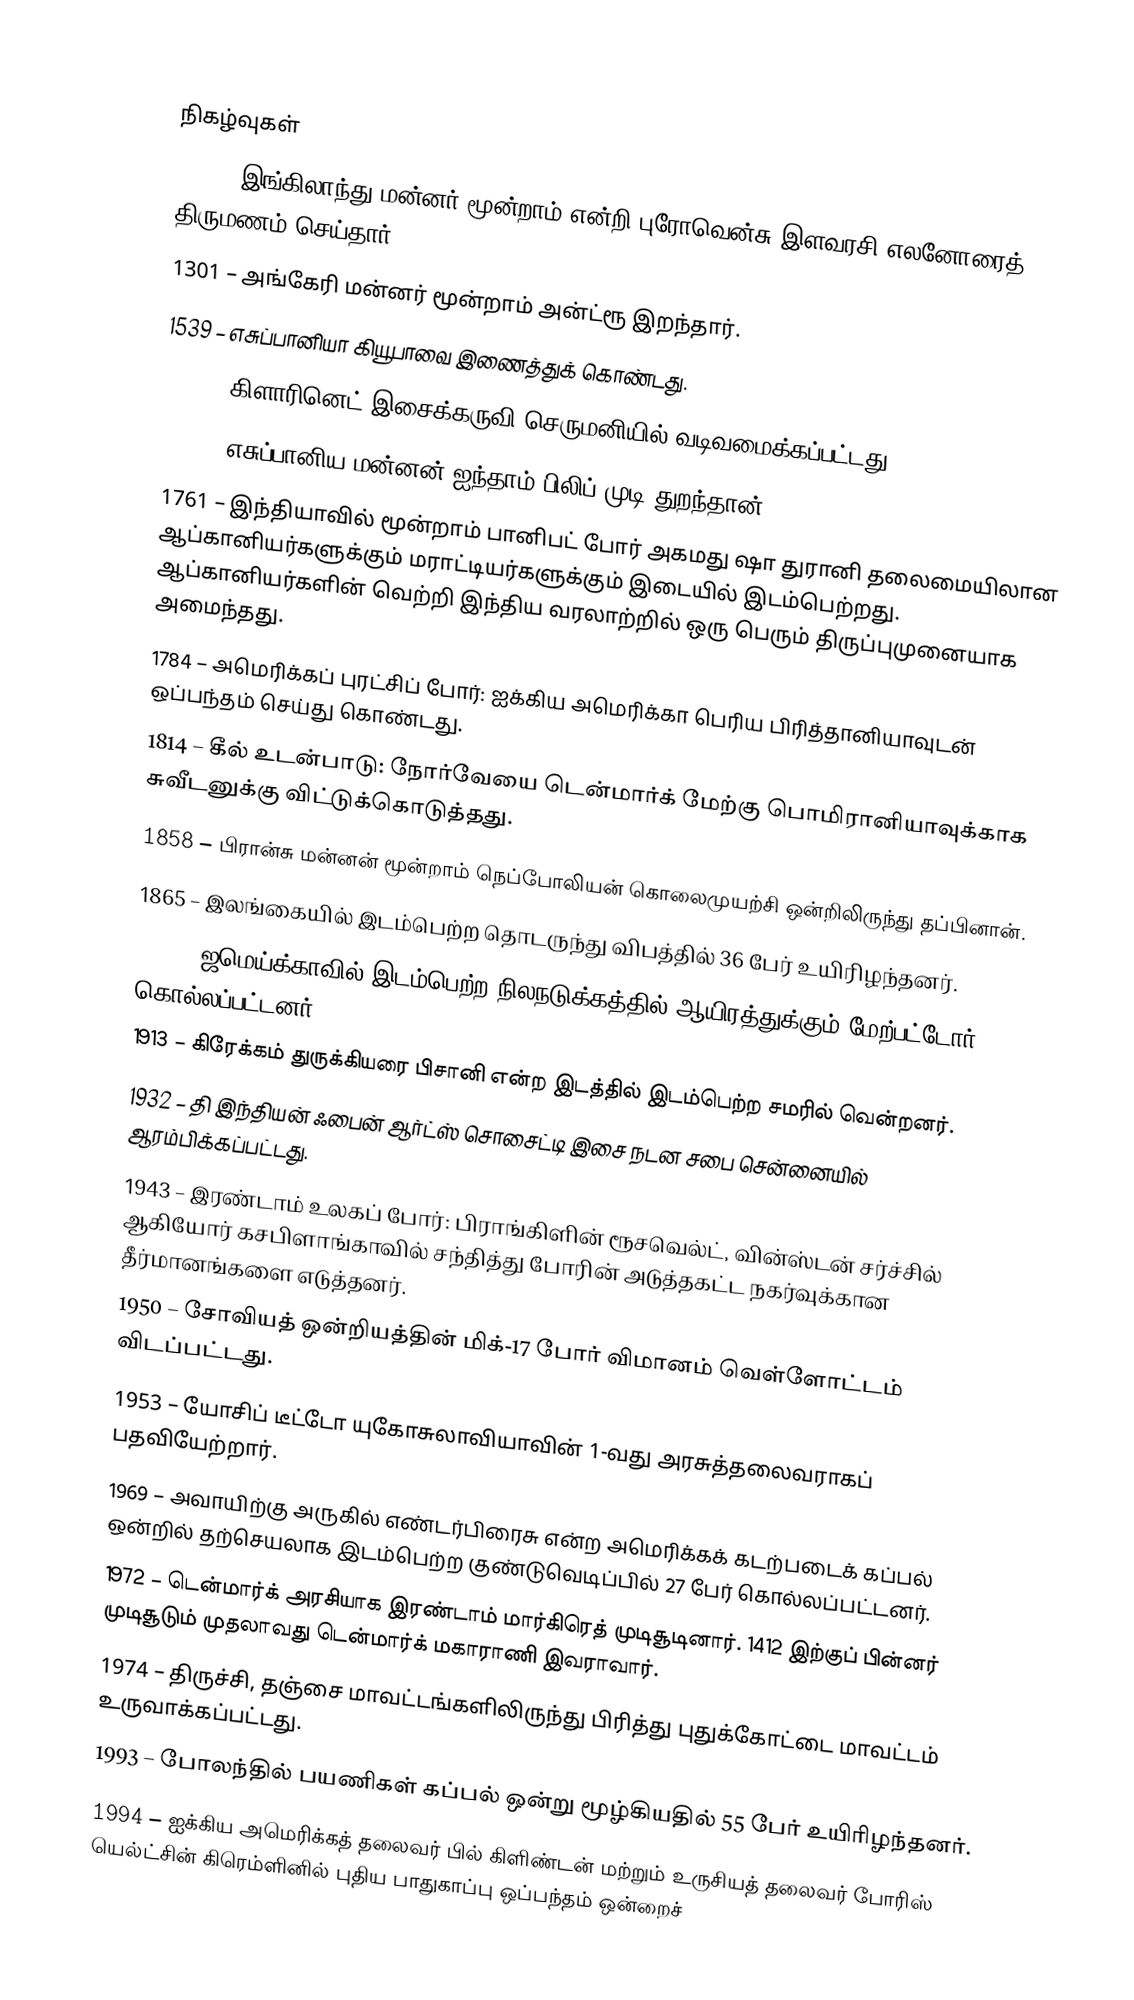

நிகழ்வுகள்
1236 – இங்கிலாந்து மன்னர் மூன்றாம் என்றி புரோவென்சு இளவரசி எலனோரைத் திருமணம் செய்தார்.
1301 – அங்கேரி மன்னர் மூன்றாம் அன்ட்ரூ இறந்தார்.
1539 – எசுப்பானியா கியூபாவை இணைத்துக் கொண்டது.
1690 – கிளாரினெட் இசைக்கருவி செருமனியில் வடிவமைக்கப்பட்டது.
1724 – எசுப்பானிய மன்னன் ஐந்தாம் பிலிப் முடி துறந்தான்.
1761 – இந்தியாவில் மூன்றாம் பானிபட் போர் அகமது ஷா துரானி தலைமையிலான ஆப்கானியர்களுக்கும் மராட்டியர்களுக்கும் இடையில் இடம்பெற்றது. ஆப்கானியர்களின் வெற்றி இந்திய வரலாற்றில் ஒரு பெரும் திருப்புமுனையாக அமைந்தது.
1784 – அமெரிக்கப் புரட்சிப் போர்: ஐக்கிய அமெரிக்கா பெரிய பிரித்தானியாவுடன் ஒப்பந்தம் செய்து கொண்டது.
1814 – கீல் உடன்பாடு: நோர்வேயை டென்மார்க் மேற்கு பொமிரானியாவுக்காக சுவீடனுக்கு விட்டுக்கொடுத்தது.
1858 – பிரான்சு மன்னன் மூன்றாம் நெப்போலியன் கொலைமுயற்சி ஒன்றிலிருந்து தப்பினான்.
1865 – இலங்கையில் இடம்பெற்ற தொடருந்து விபத்தில் 36 பேர் உயிரிழந்தனர்.
1907 – ஜமெய்க்காவில் இடம்பெற்ற நிலநடுக்கத்தில் ஆயிரத்துக்கும் மேற்பட்டோர் கொல்லப்பட்டனர்.
1913 – கிரேக்கம் துருக்கியரை பிசானி என்ற இடத்தில் இடம்பெற்ற சமரில் வென்றனர்.
1932 – தி இந்தியன் ஃபைன் ஆர்ட்ஸ் சொசைட்டி இசை நடன சபை சென்னையில் ஆரம்பிக்கப்பட்டது.
1943 – இரண்டாம் உலகப் போர்: பிராங்கிளின் ரூசவெல்ட், வின்ஸ்டன் சர்ச்சில் ஆகியோர் கசபிளாங்காவில் சந்தித்து போரின் அடுத்தகட்ட நகர்வுக்கான தீர்மானங்களை எடுத்தனர்.
1950 – சோவியத் ஒன்றியத்தின் மிக்-17 போர் விமானம் வெள்ளோட்டம் விடப்பட்டது.
1953 – யோசிப் டீட்டோ யுகோசுலாவியாவின் 1-வது அரசுத்தலைவராகப் பதவியேற்றார்.
1969 – அவாயிற்கு அருகில் எண்டர்பிரைசு என்ற அமெரிக்கக் கடற்படைக் கப்பல் ஒன்றில் தற்செயலாக இடம்பெற்ற குண்டுவெடிப்பில் 27 பேர் கொல்லப்பட்டனர்.
1972 – டென்மார்க் அரசியாக இரண்டாம் மார்கிரெத் முடிசூடினார். 1412 இற்குப் பின்னர் முடிசூடும் முதலாவது டென்மார்க் மகாராணி இவராவார்.
1974 – திருச்சி, தஞ்சை மாவட்டங்களிலிருந்து பிரித்து புதுக்கோட்டை மாவட்டம் உருவாக்கப்பட்டது.
1993 – போலந்தில் பயணிகள் கப்பல் ஒன்று மூழ்கியதில் 55 பேர் உயிரிழந்தனர்.
1994 – ஐக்கிய அமெரிக்கத் தலைவர் பில் கிளிண்டன் மற்றும் உருசியத் தலைவர் போரிஸ் யெல்ட்சின் கிரெம்ளினில் புதிய பாதுகாப்பு ஒப்பந்தம் ஒன்றைச்